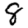
Digit: 8